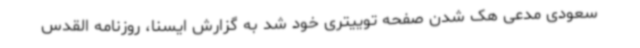
سعودی مدعی هک شدن صفحه توییتری خود شد به گزارش ایسنا، روزنامه القدس